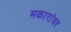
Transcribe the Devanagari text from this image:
मकारांवर